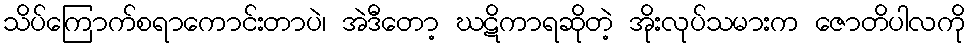
သိပ်ကြောက်စရာကောင်းတာပဲ၊ အဲဒီတော့ ဃဋိကာရဆိုတဲ့ အိုးလုပ်သမားက ဇောတိပါလကို